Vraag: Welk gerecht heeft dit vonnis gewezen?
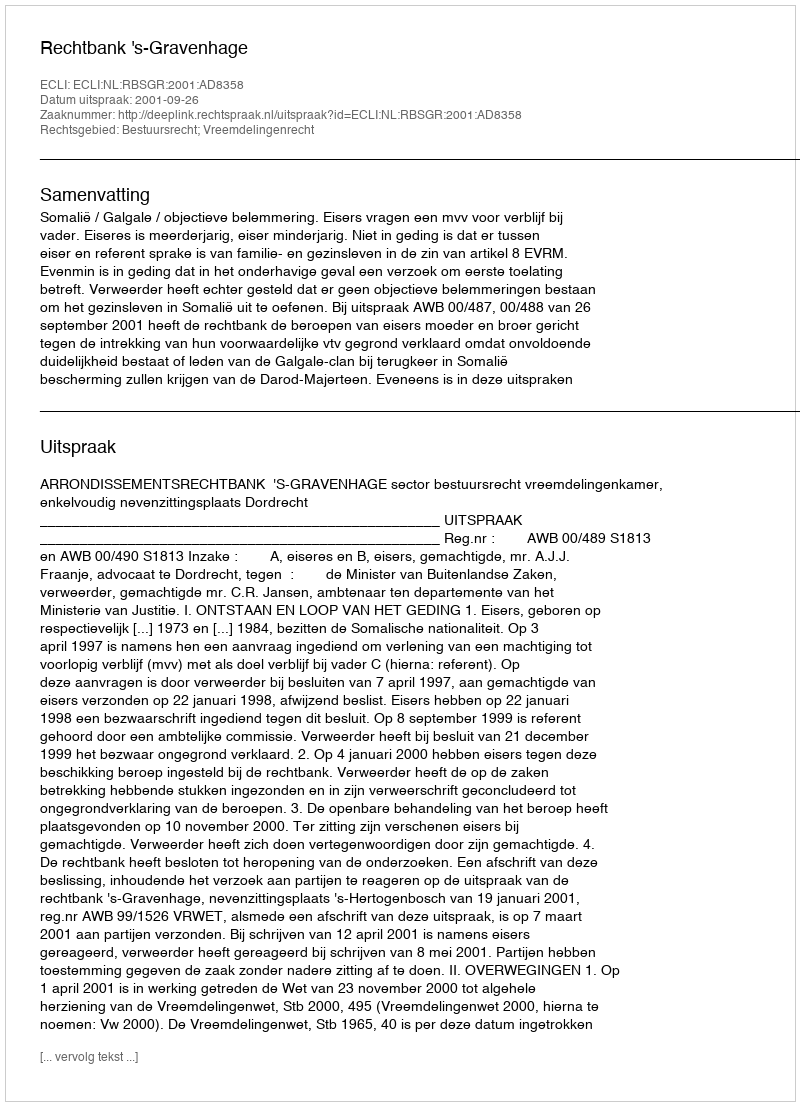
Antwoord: Rechtbank 's-Gravenhage